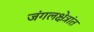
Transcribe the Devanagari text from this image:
जंगलक्षेत्रांत